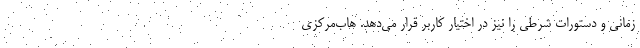
زمانی و دستورات شرطی را نیز در اختیار کاربر قرار می‌دهد. هاب‌مرکزی